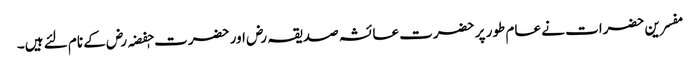
مفسرین حضرات نے عام طور پر حضرت عائشہ صدیقہ رض اور حضرت حٖفضہ رض کے نام لئے ہیں۔